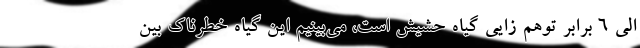
الی ۶ برابر توهم زایی گیاه حشیش است، می‌بینیم این گیاه خطرناک بین